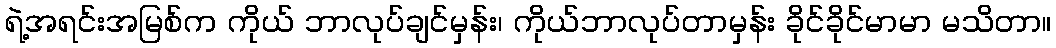
ရဲ့အရင်းအမြစ်က ကိုယ် ဘာလုပ်ချင်မှန်း၊ ကိုယ်ဘာလုပ်တာမှန်း ခိုင်ခိုင်မာမာ မသိတာ။